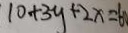
1 0 + 3 y + 2 x = 6 0